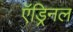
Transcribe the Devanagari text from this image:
ऍड्रिनल